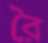
রৈ